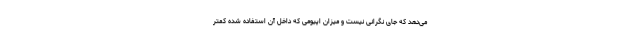
می‌دهد که جای نگرانی نیست و میزان اپیومی که داخل آن استفاده شده کمتر